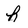
Character: h